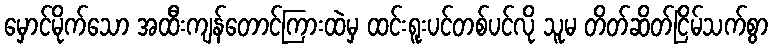
မှောင်မိုက်သော အထီးကျန်တောင်ကြားထဲမှ ထင်းရူးပင်တစ်ပင်လို သူမ တိတ်ဆိတ်ငြိမ်သက်စွာ